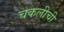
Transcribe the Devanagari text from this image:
चकलीची